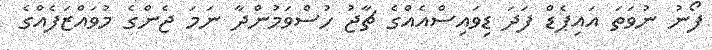
ފޯނު ނުވަތަ އައިޕެޑް ފަދަ ޑިވައިސްއެއްގެ ޗާޖު ހުސްވަމުންދާ ނަމަ ޖެންގެ މުވައްޒަފެއްގެ